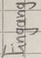
Text: Eingang